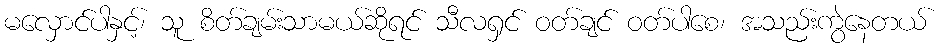
မလှောင်ပါနှင့်၊ သူ စိတ်ချမ်းသာမယ်ဆိုရင် သီလရှင် ဝတ်ချင် ဝတ်ပါစေ၊ အသည်းကွဲနေတယ်